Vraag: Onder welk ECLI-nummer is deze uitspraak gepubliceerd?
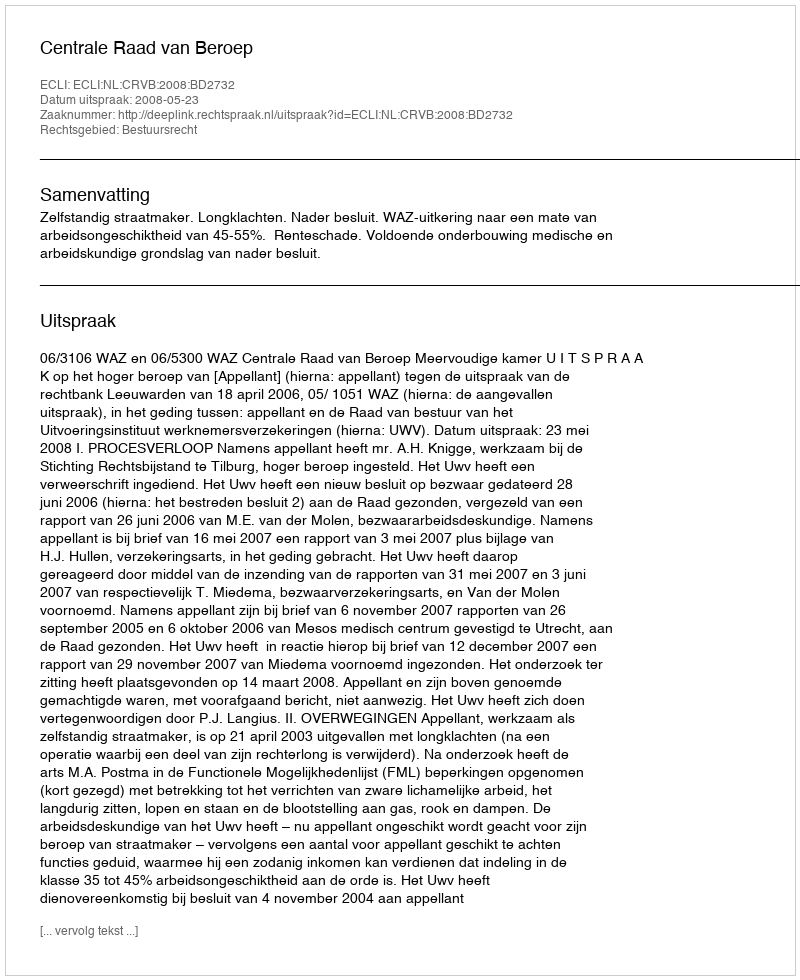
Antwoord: ECLI:NL:CRVB:2008:BD2732